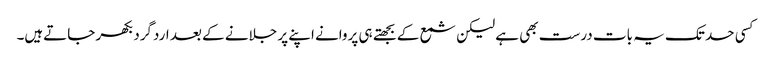
کسی حد تک یہ بات درست بھی ہے لیکن شمع کے بجھتے ہی پروانے اپنے پر جلانے کے بعد اردگرد بکھر جاتےہیں۔